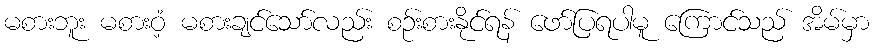
မစားဘူး မစားဝံ့ မစားချင်သော်လည်း စဉ်းစားနိုင်ရန် ဖော်ပြရပါမူ ကြောင်သည် အိမ်မှာ